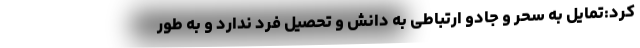
کرد:تمایل به سحر و جادو ارتباطی به دانش و تحصیل فرد ندارد و به طور